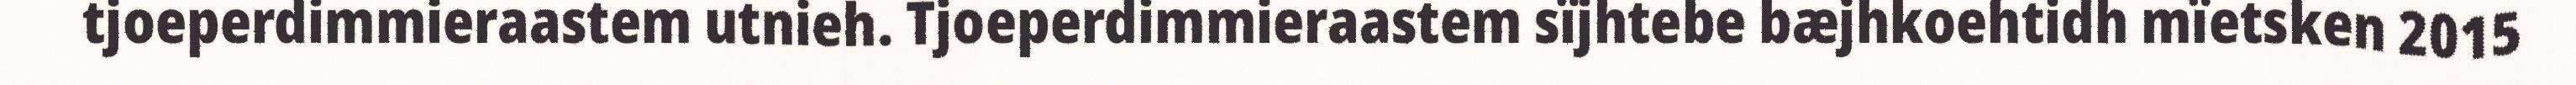
tjoeperdimmieraastem utnieh. Tjoeperdimmieraastem sïjhtebe bæjhkoehtidh mïetsken 2015